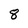
Character: 8